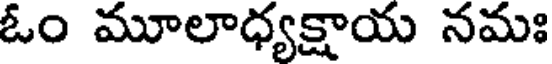
ఓం మూలాధ్యక్షాయ నమః